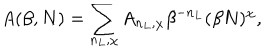
LaTeX: A ( \beta , N ) = \sum _ { n _ { L } , \chi } A _ { n _ { L } , \chi } \beta ^ { - n _ { L } } ( \beta N ) ^ { \chi } ,